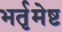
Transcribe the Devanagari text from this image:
भर्तृमेष्ट